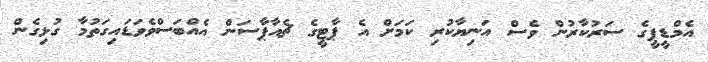
އެމްޑީޕީގެ ސަރުކާރުން ވެސް އަނިޔާކުރި ކަމަށް އެ ޕާޓީގެ ޗެއާޕާސަން އެއްބަސްވެވަޑައިގަތުމާ ގުޅިގެން